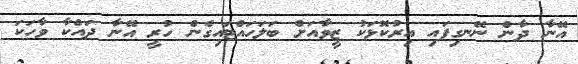
އޭނާ ދާން ނޭނގިފައި އިރުކޮޅަކު ޒީވާއަށް ބަލަހައްޓައިގެން ހުރީ އޭނާ ދައްކާ ވާހަކަ